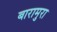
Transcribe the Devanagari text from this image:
बारामुरा